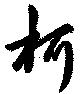
柯